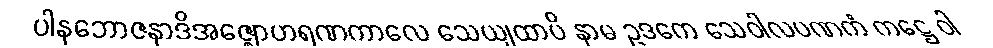
ပါနဘောဇနာဒိအဇ္ဈောဟရဏကာလေ သေယျထာပိ နာမ ဥဒကေ သေဝါလပဏကံ ကဋ္ဌေ ဝါ